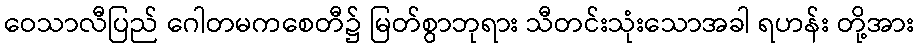
ဝေသာလီပြည် ဂေါတမကစေတီ၌ မြတ်စွာဘုရား သီတင်းသုံးသောအခါ ရဟန်း တို့အား